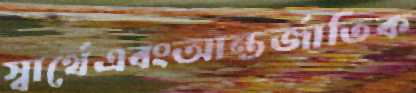
স্বার্থেএবংআন্তর্জাতিক